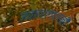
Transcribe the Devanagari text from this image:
जवाहरलालांनी